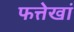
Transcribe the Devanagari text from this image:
फत्तेखां